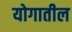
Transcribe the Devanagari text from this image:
योगातील